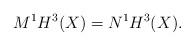
LaTeX: \begin{align*}M^1H^3(X)=N^1H^3(X).\end{align*}